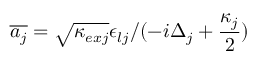
\overline { { a _ { j } } } = \sqrt { \kappa _ { e x j } } \epsilon _ { l j } / ( - i \Delta _ { j } + \frac { \kappa _ { j } } { 2 } )